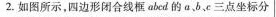
2. 如图所示，四边形闭合线框abcd的a、b、c三点坐标分